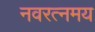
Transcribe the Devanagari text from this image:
नवरत्नमय